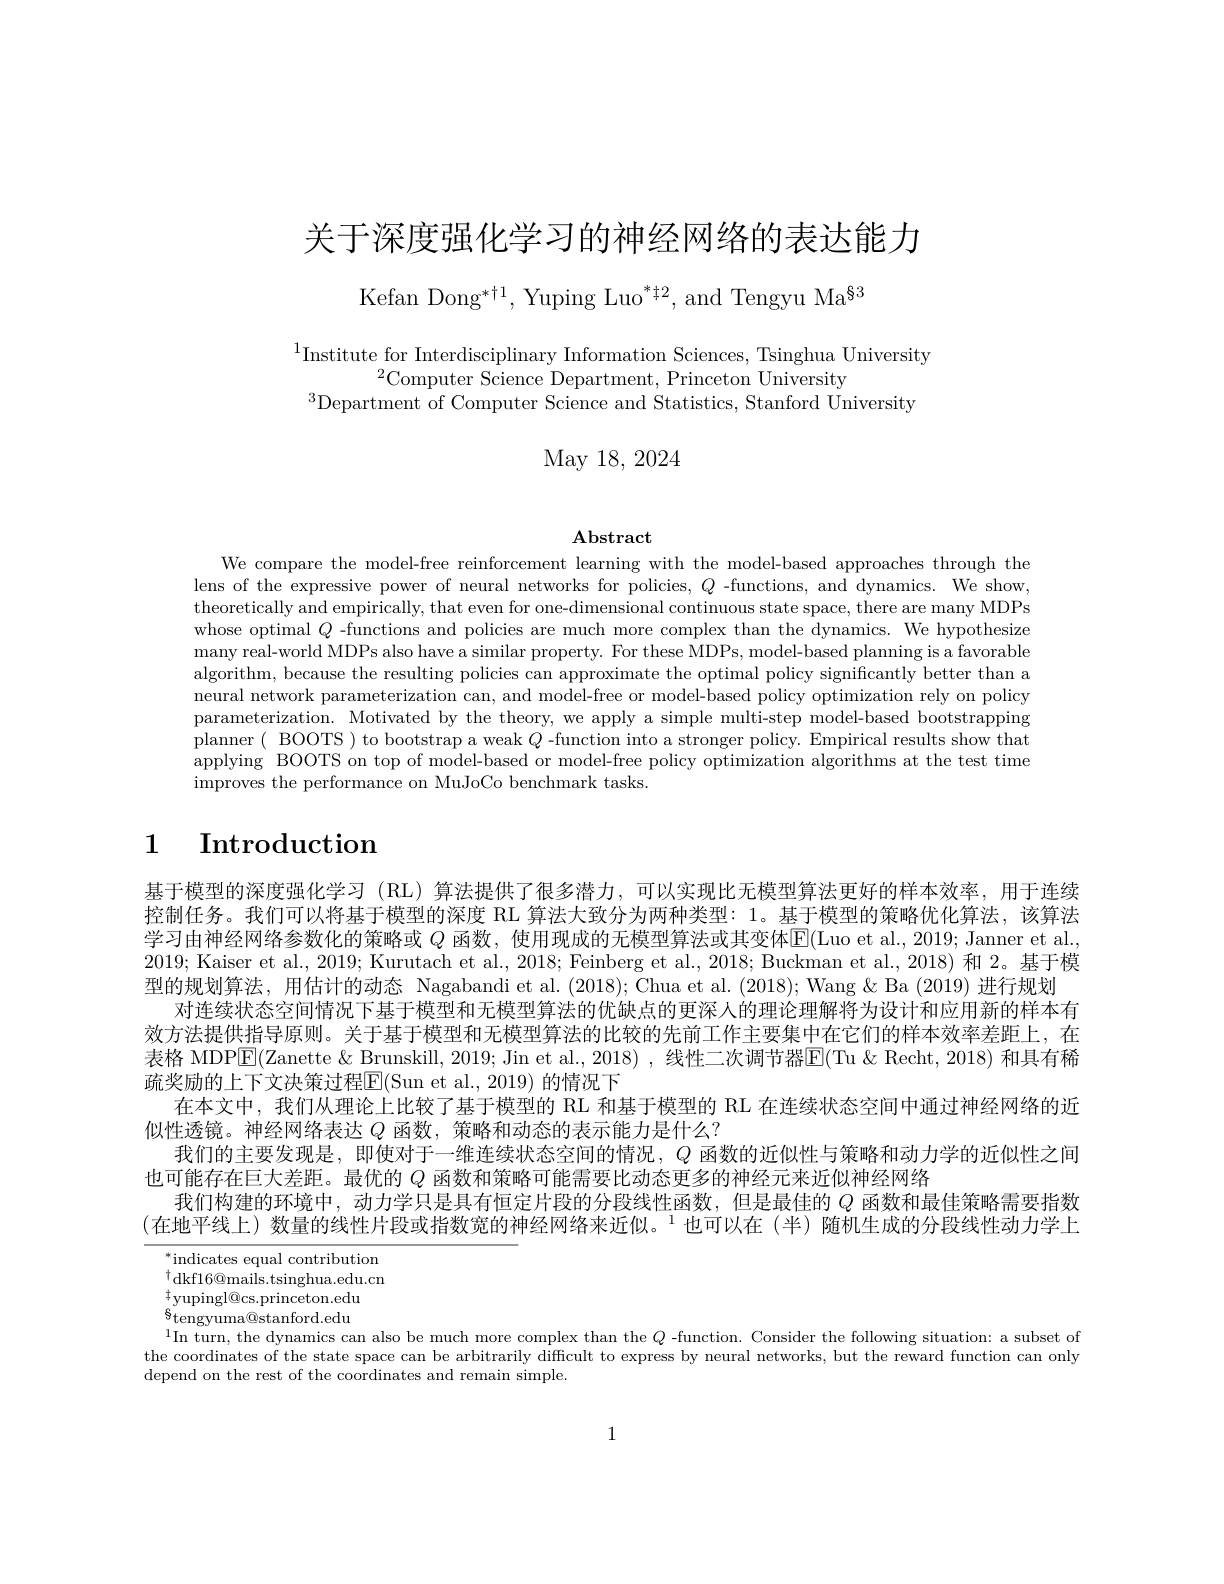
关于深度强化学习的神经网络的表达能力

Kefan Dong$^*\dagger1$, Yuping Luo$^*\dagger2$, and Tengyu Ma$^{\S3}$

$^{1}$Institute for Interdisciplinary Information Sciences, Tsinghua University
$^{2}$Computer Science Department, Princeton University
$^{3}$Department of Computer Science and Statistics, Stanford University

May 18, 2024

$\mathbf{Abstract}$

We compare the model-free reinforcement learning with the model-based approaches through the lens of the expressive power of neural networks for policies, $Q$ -functions, and dynamics. We show, theoretically and empirically, that even for one-dimensional continuous state space, there are many MDPs whose optimal $Q$ -functions and policies are much more complex than the dynamics. We hypothesize many real-world MDPs also have a similar property. For these MDPs, model-based planning is a favorable algorithm, because the resulting policies can approximate the optimal policy significantly better than a neural network parameterization can, and model-free or model-based policy optimization rely on policy parameterization. Motivated by the theory, we apply a simple multi-step model-based bootstrapping planner ( BOOTS ) to bootstrap a weak $Q$ -function into a stronger policy. Empirical results show that applying BOOTS on top of model-based or model-free policy optimization algorithms at the test time improves the performance on MuJoCo benchmark tasks.

# 1 Introduction

基于模型的深度强化学习 (RL) 算法提供了很多潜力，可以实现比无模型算法更好的样本效率，用于连续控制任务。我们可以将基于模型的深度 RL 算法大致分为两种类型：1。基于模型的策略优化算法，该算法学习由神经网络参数化的策略或 $Q$ 函数，使用现成的无模型算法或其变体$\mathbb{E}($Luo et al.,2019; Janner et al. 2019; Kaiser et al., 2019; Kurutach et al., 2018; Feinberg et al., 2018; Buckman et al., 2018) 和 2。基于模型的规划算法，用估计的动态 Nagabandi et al.(2018);Chua et al.(2018);Wang & Ba (2019) 进行规划
对连续状态空间情况下基于模型和无模型算法的优缺点的更深人的理论理解将为设计和应用新的样本有效方法提供指导原则。关于基于模型和无模型算法的比较的先前工作主要集中在它们的样本效率差距上，在表格 MDPE(Zanette & Brunskill, 2019; Jin et al., 2018) , 线性二次调节器E(Tu &Recht, 2018) 和具有稀疏奖励的上下文决策过程E$( Sun et al. , 2019) 的 情 况 下$
在本文中，我们从理论上比较了基于模型的 RL 和基于模型的 RL 在连续状态空间中通过神经网络的近
似性透镜。神经网络表达$Q$函数，策略和动态的表示能力是什么？
我们的主要发现是，即使对于一维连续状态空间的情况，$Q$函数的近似性与策略和动力学的近似性之间
也可能存在巨大差距。最优的$Q$函数和策略可能需要比动态更多的神经元来近似神经网络
我们构建的环境中，动力学只是具有恒定片段的分段线性函数，但是最佳的$Q$函数和最佳策略需要指数(在地平线上) 数量的线性片段或指数宽的神经网络来近似。$^1$也可以在(半)随机生成的分段线性动力学上

$^*$indicates equal contribution $^{\dagger}$dkf16@mails.tsinghua.edu.cn ${}_{0}^{+}$yupingl@cs.princeton.edu 8tengyuma@stanford.edu $^{1}$In turn, the dynamics can also be much more complex than the $Q$ -function. Consider the following situation: a subset of the coordinates of the state space can be arbitrarily difficult to express by neural networks, but the reward function can only depend on the rest of the coordinates and remain simple.

1